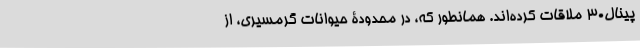
پینال۳۰ ملاقات کرده‌اند. همانطور که، در محدودۀ حیوانات گرمسیری، از